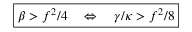
\begin{array} { r } { \boxed { \beta > f ^ { 2 } / 4 \quad \Leftrightarrow \quad \gamma / \kappa > f ^ { 2 } / 8 } } \end{array}